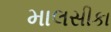
માલસીકા